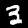
Digit: 3